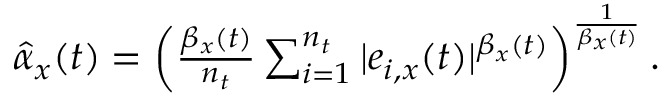
\begin{array} { r } { \hat { \alpha } _ { x } ( t ) = \left( \frac { \beta _ { x } ( t ) } { n _ { t } } \sum _ { i = 1 } ^ { n _ { t } } | e _ { i , x } ( t ) | ^ { \beta _ { x } ( t ) } \right) ^ { \frac { 1 } { \beta _ { x } ( t ) } } . } \end{array}